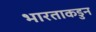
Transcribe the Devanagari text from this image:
भारताकडुन